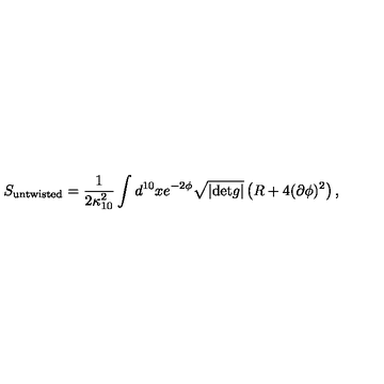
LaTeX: S _ { \mathrm { u n t w i s t e d } } = \frac { 1 } { 2 \kappa _ { 1 0 } ^ { 2 } } \int d ^ { 1 0 } x e ^ { - 2 \phi } \sqrt { | \mathrm { d e t } g | } \left( R + 4 ( \partial \phi ) ^ { 2 } \right) ,